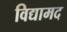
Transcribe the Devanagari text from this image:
विद्यामद